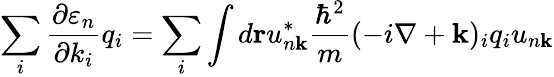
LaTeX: \sum_{i}{\frac{\partial\varepsilon_{n}}{\partial k_{i}}}q_{i}=\sum_{i}\int d\mathbf{r}u_{n\mathbf{k}}^{*}{\frac{\hbar^{2}}{m}}(-i\nabla+\mathbf{k})_{i}q_{i}u_{n\mathbf{k}}